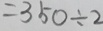
= 3 5 0 \div 2